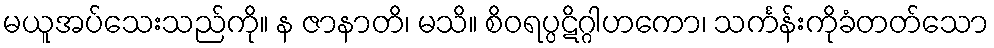
မယူအပ်သေးသည်ကို။ န ဇာနာတိ၊ မသိ။ စိဝရပ္ပဋိဂ္ဂါဟကော၊ သင်္ကန်းကိုခံတတ်သော